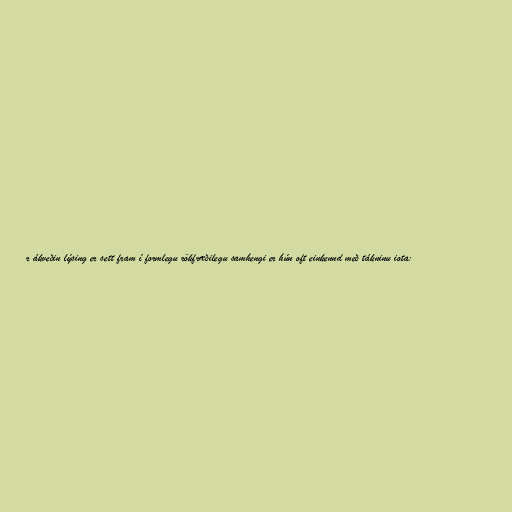
r ákveðin lýsing er sett fram í formlegu rökfræðilegu samhengi er hún oft einkennd með tákninu iota: